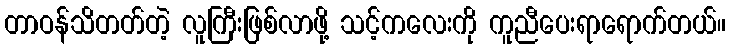
တာဝန်သိတတ်တဲ့ လူကြီးဖြစ်လာဖို့ သင့်ကလေးကို ကူညီပေးရာရောက်တယ်။